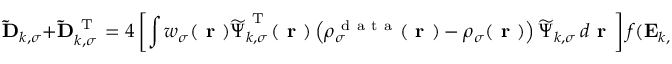
\mathbf { \widetilde { D } } _ { k , \sigma } + \mathbf { \widetilde { D } } _ { k , \sigma } ^ { \mathrm { ~ T ~ } } = 4 \left[ \int w _ { \sigma } ( \boldsymbol { \textbf { r } } ) \boldsymbol { \widetilde { \Psi } } _ { k , \sigma } ^ { \mathrm { ~ T ~ } } ( \boldsymbol { \textbf { r } } ) \left( \rho _ { \sigma } ^ { \mathrm { ~ d ~ a ~ t ~ a ~ } } ( \boldsymbol { \textbf { r } } ) - \rho _ { \sigma } ( \boldsymbol { \textbf { r } } ) \right) \boldsymbol { \widetilde { \Psi } } _ { k , \sigma } \, d \boldsymbol { \textbf { r } } \right] f ( \mathbf { E } _ { k , \sigma } ) \, .